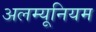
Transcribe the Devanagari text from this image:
अलम्यूनियम